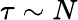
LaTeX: \tau\sim N